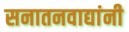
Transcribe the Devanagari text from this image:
सनातनवाद्यांनी